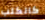
كالكلب